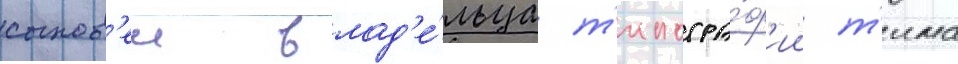
сынов'еи влад'е́льца т'ипогра́ф'ии т'има